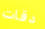
دقات